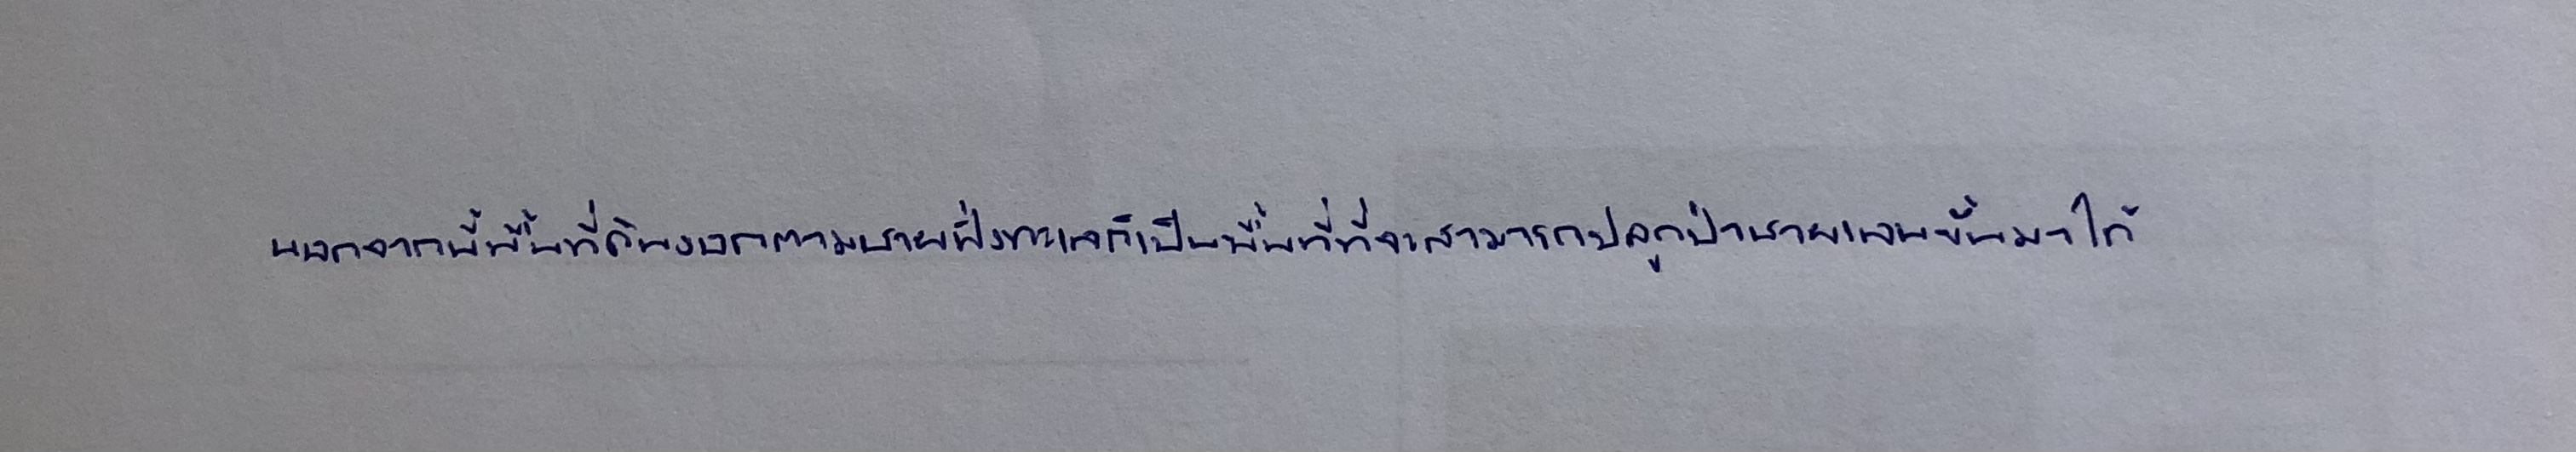
นอกจากนี้พื้นที่ดินงอกตามชายฝั่งทะเลก็เป็นพื้นที่ที่จะสามารถปลูกป่าชายเลนขึ้นมาได้